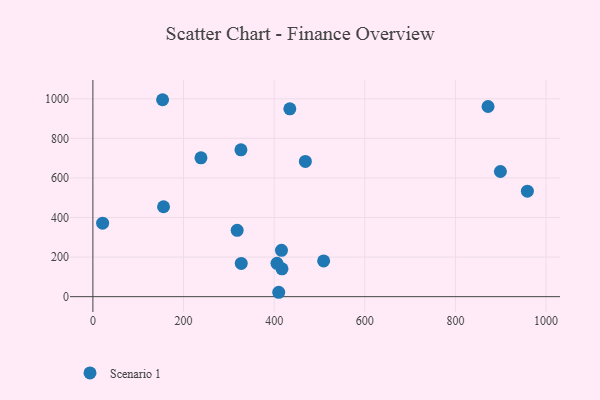
{"axis": {"x": "Engine Size", "y": "Rating"}, "legend": ["Scenario 1"], "data": [{"x": "406.2", "y": 168.3, "type": "Scenario 1"}, {"x": "327.4", "y": 167.8, "type": "Scenario 1"}, {"x": "21.5", "y": 371.2, "type": "Scenario 1"}, {"x": "899.3", "y": 632.5, "type": "Scenario 1"}, {"x": "326.7", "y": 742.2, "type": "Scenario 1"}, {"x": "155.9", "y": 454.4, "type": "Scenario 1"}, {"x": "417.3", "y": 140.8, "type": "Scenario 1"}, {"x": "958.8", "y": 533.2, "type": "Scenario 1"}, {"x": "238.5", "y": 701.9, "type": "Scenario 1"}, {"x": "416.2", "y": 234.3, "type": "Scenario 1"}, {"x": "434.6", "y": 949.4, "type": "Scenario 1"}, {"x": "153.8", "y": 995.3, "type": "Scenario 1"}, {"x": "509.2", "y": 180.5, "type": "Scenario 1"}, {"x": "410.1", "y": 22.2, "type": "Scenario 1"}, {"x": "872.0", "y": 961.0, "type": "Scenario 1"}, {"x": "468.9", "y": 683.4, "type": "Scenario 1"}, {"x": "318.4", "y": 335.4, "type": "Scenario 1"}]}